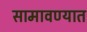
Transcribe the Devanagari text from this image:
सामावण्यात